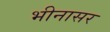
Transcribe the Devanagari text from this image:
भीनासर